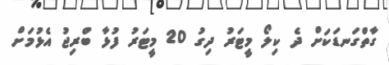
ގާތްގަނޑަކަށް ދެ ކިލޯ މީޓަރު ދިގު 20 މީޓަރު ފުޅާ ބްރިޖު އެޅުމަށް